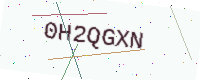
Text: 0H2QGXN